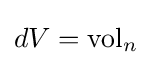
dV=\operatorname {vol} _{n}